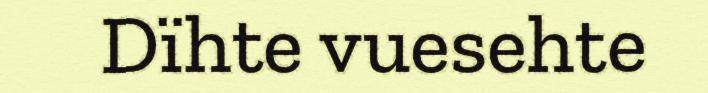
Dïhte vuesehte